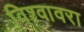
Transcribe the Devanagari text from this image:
विश्वावरा